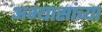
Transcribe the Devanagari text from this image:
अभ्यासांच्या